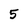
Character: 5